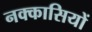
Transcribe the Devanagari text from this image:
नक्‍कासियों